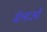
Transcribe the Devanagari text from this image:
वेलाओं